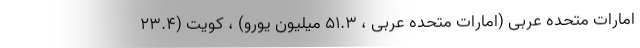
امارات متحده عربی (امارات متحده عربی ، ۵۱.۳ میلیون یورو) ، کویت (۲۳.۴